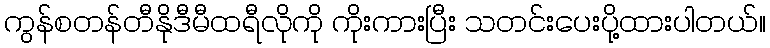
ကွန်စတန်တီနိုဒီမီထရီလိုကို ကိုးကားပြီး သတင်းပေးပို့ထားပါတယ်။